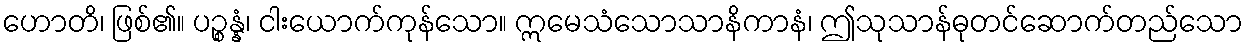
ဟောတိ၊ ဖြစ်၏။ ပဉ္စန္နံ၊ ငါးယောက်ကုန်သော။ ဣမေသံသောသာနိကာနံ၊ ဤသုသာန်ဓုတင်ဆောက်တည်သော